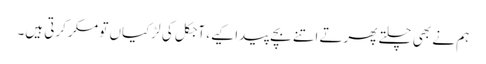
ہم نے بھی چلتے پھرتے اتنے بچے پیدا کیے، آجکل کی لڑکیاں تو مکر کرتی ہیں۔